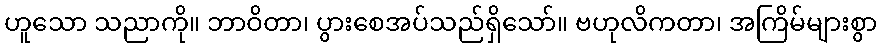
ဟူသော သညာကို။ ဘာဝိတာ၊ ပွားစေအပ်သည်ရှိသော်။ ဗဟုလိကတာ၊ အကြိမ်များစွာ